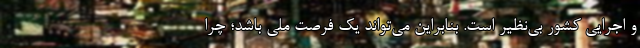
و اجرایی کشور ‌بی‌نظیر است. بنابراین می‌تواند یک فرصت ملی باشد؛ چرا